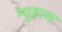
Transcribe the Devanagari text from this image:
न्युहाम